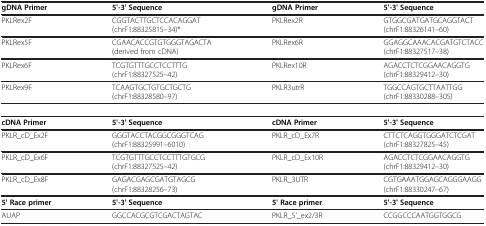
| gDNA Primer | 5'-3' Sequence | gDNA Primer | 5'-3' Sequence |
 | --- | --- | --- | --- |
 | PKLRex2F | CGGTACTTGCTCCACAGGAT (chrF1:88325815–34)* | PKLRex2R | GTGGCGATGATGCAGGTACT (chrF1:88326141–60) |
 | PKLRex5F | CGAACACCGTGTGGGTAGACTA (derived from cDNA) | PKLRex6R | GGAGGCAAACACGATGTCTACC (chrF1:88327517–38) |
 | PKLRex6F | TCGTGTTTGCCTCCTTTG (chrF1:88327525–42) | PKLRex10R | AGACCTCTCGGAACAGGTG (chrF1:88329412–30) |
 | PKLRex9F | TCAAGTGCTGTGCTGCTG (chrF1:88328580–97) | PKLR3utrR | TGGCCAGTGCTTAATTGG (chrF1:88330288–305) |
 | cDNA Primer | 5'-3' Sequence | cDNA Primer | 5'-3' Sequence |
 | PKLR_cD_Ex2F | GGGTACCTACGGCGGGTCAG (chrF1:88325991–6010) | PKLR_cD_Ex7R | CTTCTCAGGTGGGATCTCGAT (chrF1:88327825–45) |
 | PKLR_cD_Ex6F | TCGTGTTTGCCTCCTTTGTGCG (chrF1:88327525–42) | PKLR_cD_Ex10R | AGACCTCTCGGAACAGGTG (chrF1:88329412–30) |
 | PKLR_cD_Ex8F | GAGACGAGCGATGTAGCG (chrF1:88328256–73) | PKLR_3UTR | CGTGAAATGGAGCAGGGAAGG (chrF1:88330247–67) |
 | 5' Race primer | 5'-3' Sequence | 5' Race primer | 5'-3' Sequence |
 | AUAP | GGCCACGCGTCGACTAGTAC | PKLR_5'_ex2/3R | CCGGCCCAATGGTGGCG |